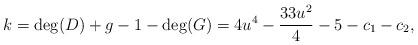
LaTeX: \begin{align*}k= \deg(D)+g-1-\deg (G)=4u^4-\frac{33u^2}{4}-5-c_1-c_2,\end{align*}